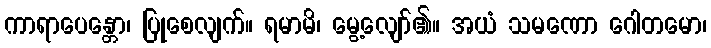
ကာရာပေန္တော၊ ပြုစေလျက်။ ရမာမိ၊ မွေ့လျော်၏။ အယံ သမဏော ဂေါတမော၊